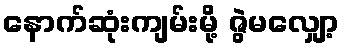
နောက်ဆုံးကျမ်းမို့ ဇွဲမလျှော့